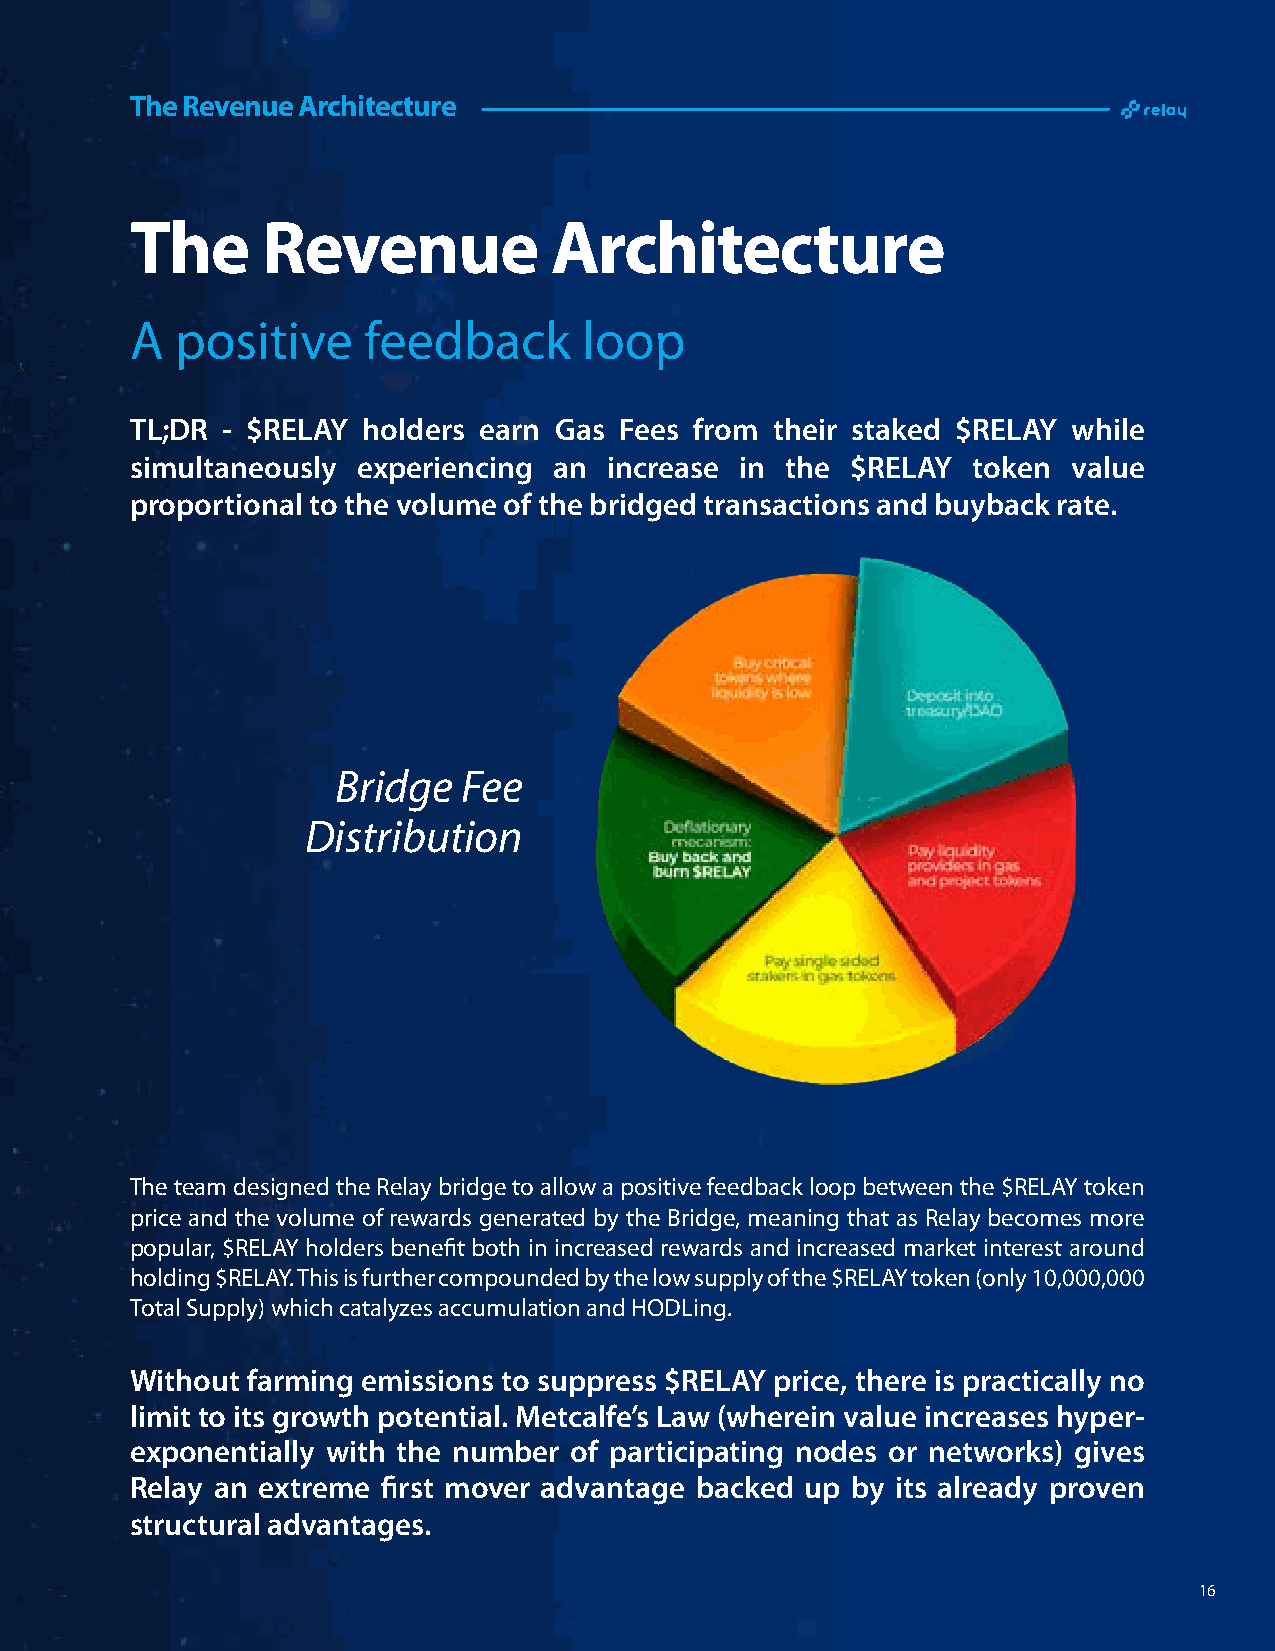
The Revenue Architecture
 The     Revenue            Architecture
 A  positive    feedback       loop
 TL;DR - $RELAY holders earn Gas Fees from their staked $RELAY while
 simultaneously experiencing an increase in the $RELAY  token  value
 proportional to the volume of the bridged transactions and buyback rate.
 Bridge   Fee
 Distribution
 The team designed the Relay bridge to allow a positive feedback loop between the $RELAY token
 price and the volume of rewards generated by the Bridge, meaning that as Relay becomes more
 popular, $RELAY holders benefit both in increased rewards and increased market interest around
 holding $RELAY. This is further compounded by the low supply of the $RELAY token (only 10,000,000
 Total Supply) which catalyzes accumulation and HODLing.
 Without farming emissions to suppress $RELAY price, there is practically no
 limit to its growth potential. Metcalfe’s Law (wherein value increases hyper-
 exponentially with the number of participating nodes or networks) gives
 Relay an extreme first mover advantage backed up by its already proven
 structural advantages.
 16